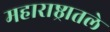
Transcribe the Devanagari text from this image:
महाराष्ठ्रातले